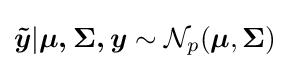
{\boldsymbol {\tilde {y}}}|{\boldsymbol {\mu ,\Sigma ,y}}\sim {\mathcal {N}}_{p}({\boldsymbol {\mu }},{\boldsymbol {\Sigma }})